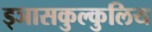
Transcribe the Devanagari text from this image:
ड्ञासकुल्कुलिय